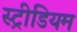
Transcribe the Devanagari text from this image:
स्ट्रीडियम